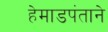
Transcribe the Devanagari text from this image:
हेमाडपंताने